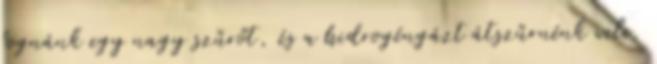
fognánk egy nagy szűrőt, és a hidrogéngázt átszűrnénk vele.